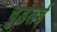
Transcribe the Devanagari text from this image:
चुडलेई